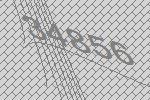
34856